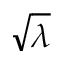
\sqrt { \lambda }